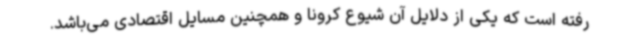
رفته است که یکی از دلایل آن شیوع کرونا و همچنین مسایل اقتصادی می‌باشد.